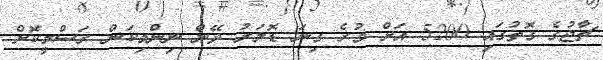
ޗާޖުގެ ގޮތުގައި 5200 އަށް ވުރެ ގިނަ ޑޮލަރު ދޭން ނިންމިކަން ރަސްމީކޮށް